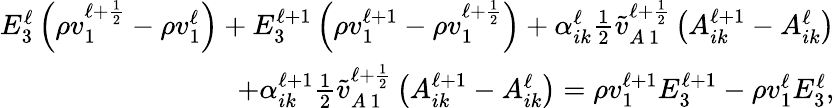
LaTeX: \begin{array}{r}{E_{3}^{\ell}\left(\rho v_{1}^{\ell+\frac{1}{2}}-\rho v_{1}^{\ell}\right)+E_{3}^{\ell+1}\left(\rho v_{1}^{\ell+1}-\rho v_{1}^{\ell+\frac{1}{2}}\right)+\alpha_{ik}^{\ell}\frac{1}{2}\tilde{v}_{A\, 1}^{\ell+\frac{1}{2}}\left(A_{ik}^{\ell+1}-A_{ik}^{\ell}\right)}\\ {+\alpha_{ik}^{\ell+1}\frac{1}{2}\tilde{v}_{A\, 1}^{\ell+\frac{1}{2}}\left(A_{ik}^{\ell+1}-A_{ik}^{\ell}\right)=\rho v_{1}^{\ell+1}E_{3}^{\ell+1}-\rho v_{1}^{\ell}E_{3}^{\ell},}\end{array}